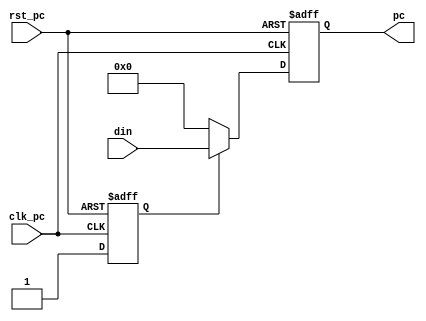
module PC(
    input wire clk_pc,
    input wire rst_pc,
    input wire[31:0] din,
    output reg[31:0] pc
);
    reg first;
    always @(posedge clk_pc or posedge rst_pc) begin
        if (rst_pc)begin
            pc <= 32'b0000_0000;
            first <= 1'b0;
        end
        else begin
            if(first==1'b0)begin
                pc <= 32'b0000_0000;
                first <= 1'b1;
            end
            else begin
                pc <= din;
            end
        end
    end
endmodule